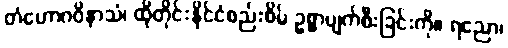
တံဟောဂဝိနာသံ၊ ထိုတိုင်းနိုင်ငံစည်းစိမ် ဥစ္စာပျက်စီးခြင်းကို။ ရညော၊